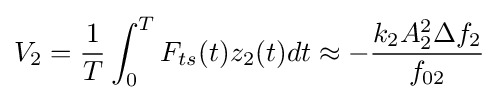
V_{2}={\frac {1}{T}}\int _{0}^{T}F_{ts}(t)z_{2}(t)dt\approx -{\frac {k_{2}A_{2}^{2}\Delta f_{2}}{f_{02}}}